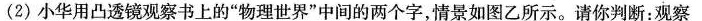
2)小华用凸透镜观察书上的”物理世界”中间的两个字，情景如图乙所示。请你判断：观察